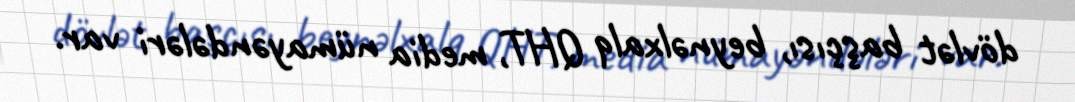
dövlət başçısı, beynəlxalq QHT, media nümayəndələri var.